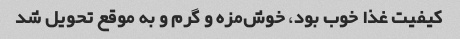
کیفیت غذا خوب بود، خوش‌مزه و گرم و به موقع تحویل شد